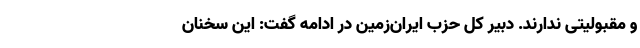
و مقبولیتی ندارند. دبیر کل حزب ایران‌زمین در ادامه گفت: این سخنان